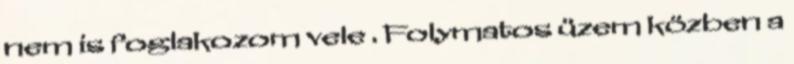
nem is foglakozom vele . Folymatos üzem közben a